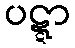
ပဋ္ဋာ